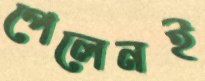
পেলেনই